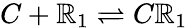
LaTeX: C+\mathbb{R}_{1}\stackrel{}{\rightleftharpoons}C\mathbb{R}_{1}